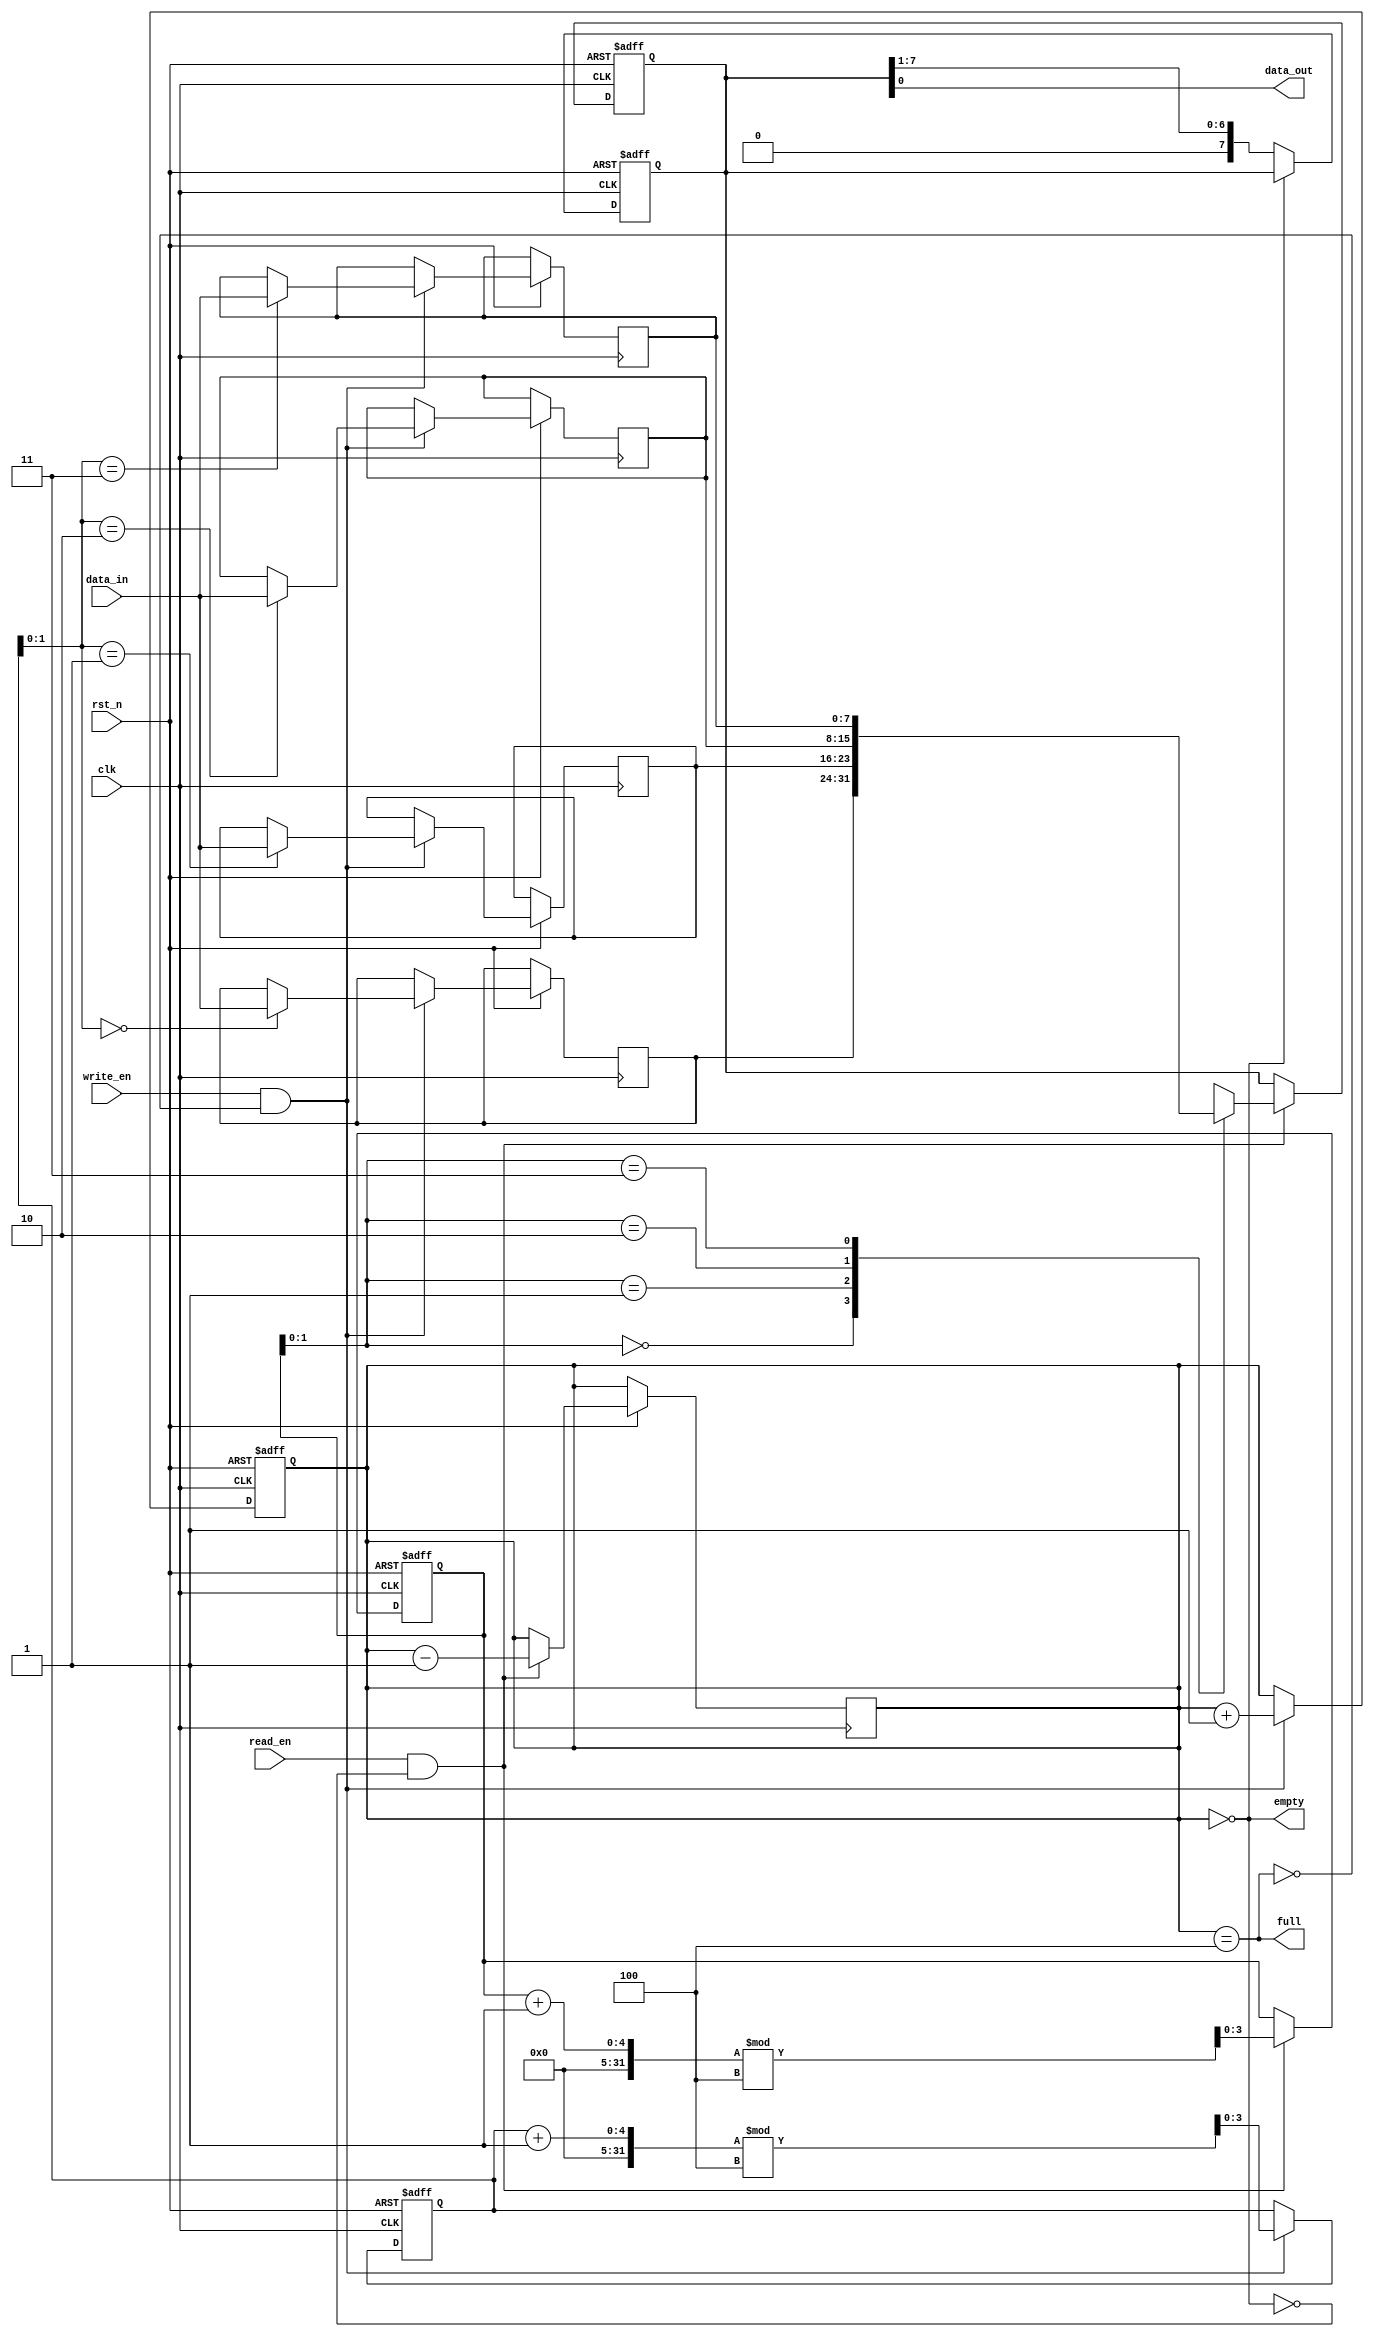
module fifo_piso #(
    parameter DATA_WIDTH = 8,    // Width of the data input
    parameter FIFO_DEPTH = 4      // Depth of FIFO (number of entries)
)(
    input wire clk,               // Clock Input
    input wire rst_n,             // Active low reset
    input wire write_en,          // Write Enable
    input wire read_en,           // Read Enable
    input wire [DATA_WIDTH-1:0] data_in, // Parallel Data Input
    output wire data_out,         // Serial Data Output
    output wire full,             // FIFO Full Indicator
    output wire empty             // FIFO Empty Indicator
);

    // Internal storage array
    reg [DATA_WIDTH-1:0] fifo_mem [0:FIFO_DEPTH-1];
    reg [3:0] write_pointer;      // Write Pointer
    reg [3:0] read_pointer;       // Read Pointer
    reg [3:0] num_elements;       // Number of elements in the FIFO

    // Assign full and empty flags
    assign full = (num_elements == FIFO_DEPTH);
    assign empty = (num_elements == 0);
    
    // Serial data output logic
    reg [DATA_WIDTH-1:0] output_reg; // Register to hold data for output
    assign data_out = output_reg[0];

    // Writing data to the FIFO
    always @(posedge clk or negedge rst_n) begin
        if (!rst_n) begin
            write_pointer <= 0;
            num_elements <= 0;
        end else if (write_en && !full) begin
            fifo_mem[write_pointer] <= data_in; // Store the incoming data
            write_pointer <= (write_pointer + 1) % FIFO_DEPTH; // Circular write
            num_elements <= num_elements + 1; // Increment element count
        end
    end

    // Reading data from the FIFO
    always @(posedge clk or negedge rst_n) begin
        if (!rst_n) begin
            read_pointer <= 0;
            output_reg <= 0;
        end else if (read_en && !empty) begin
            output_reg <= fifo_mem[read_pointer]; // Load data for output
            read_pointer <= (read_pointer + 1) % FIFO_DEPTH; // Circular read
            num_elements <= num_elements - 1; // Decrement element count
        end
    end

    // Shift the output register to provide serial output
    always @(posedge clk or negedge rst_n) begin
        if (!rst_n) begin
            output_reg <= 0;
        end else if (!empty) begin
            // Shift left the output register
            output_reg <= output_reg >> 1;
        end
    end

endmodule